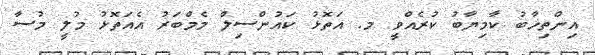
އިންތިޚާބު ކާމިޔާބު ކުރެއްވީ މ. އަތޮޅު ކައުންސިލް މެމްބަރު އެއަތޮޅު މުލީ މުސާ